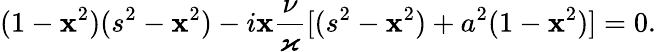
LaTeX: (1-\mathbf{x}^{2})(s^{2}-\mathbf{x}^{2})-i\mathbf{x}\frac{{\nu}}{{\varkappa}}[(s^{2}-\mathbf{x}^{2})+a^{2}(1-\mathbf{x}^{2})]=0.